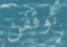
توقفن